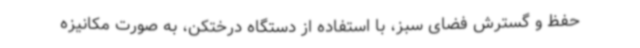
حفظ و گسترش فضای سبز، با استفاده از دستگاه درختکن، به صورت مکانیزه